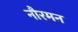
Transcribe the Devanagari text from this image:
नौरमन